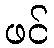
ဖင်